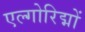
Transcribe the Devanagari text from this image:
एल्गोरिद्मों